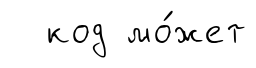
код мо́жет